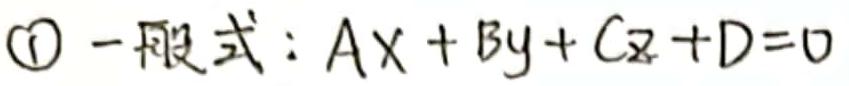
$\textcircled{1}$ 一般式：$Ax + By + Cz + D = 0$